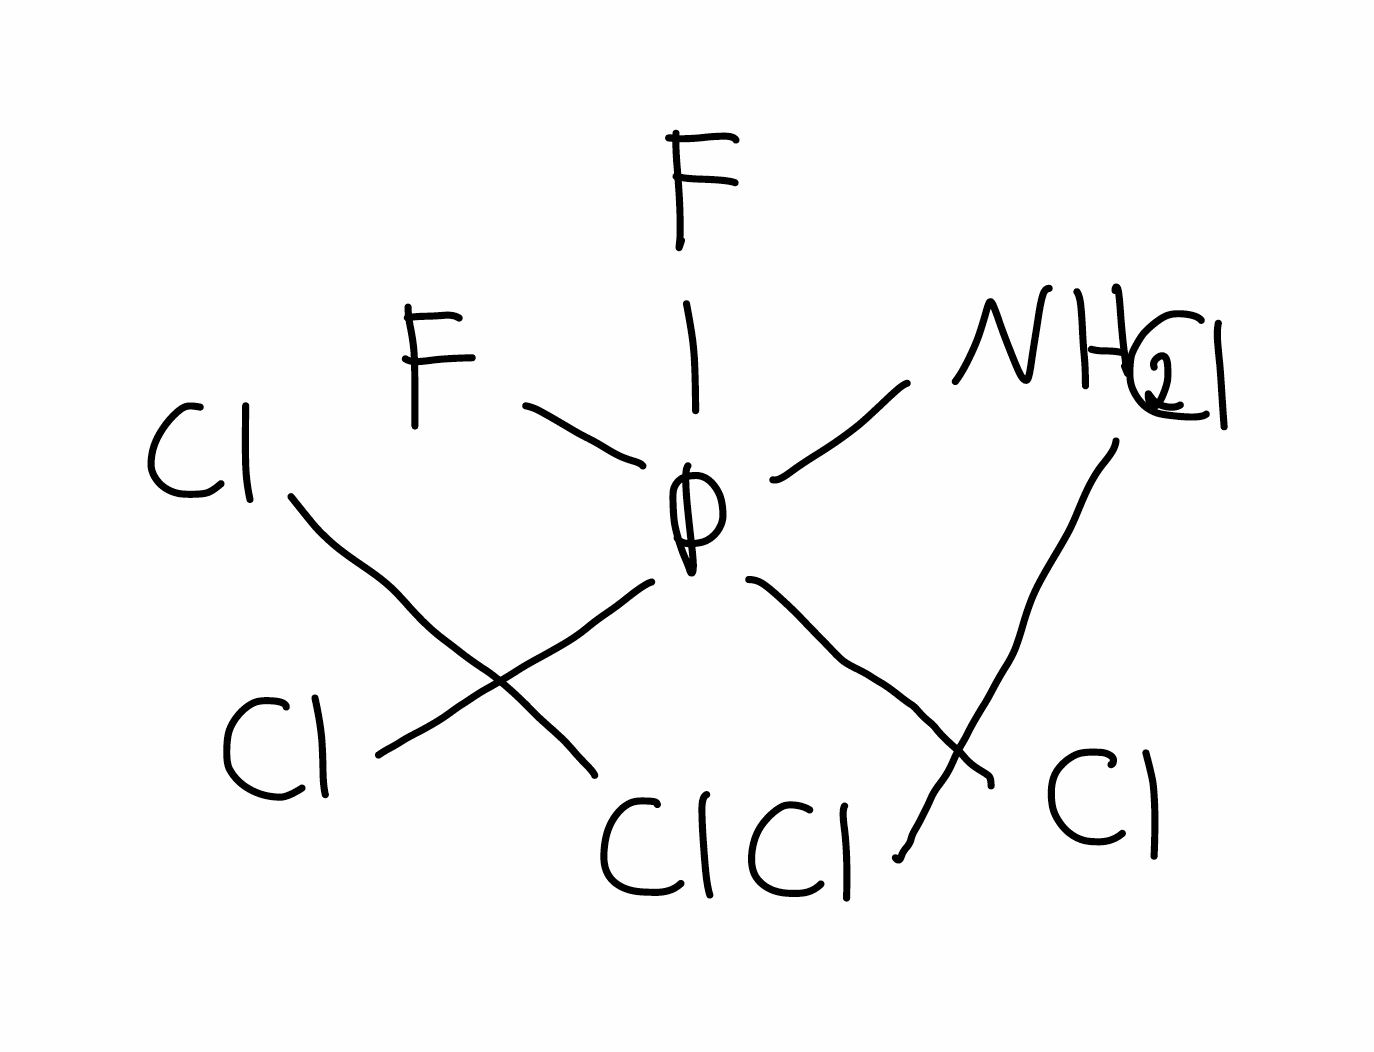
Simplified molecular-input line-entry system (SMILES) notation of the given molecule:
C(P(C(Cl)(Cl)Cl)(N)(F)F)(Cl)(Cl)Cl